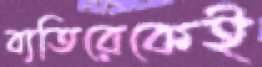
ব্যতিরেকেই